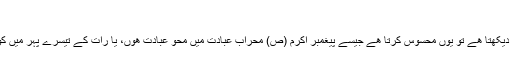
"
جب کوئی انسان حضرت زین العابدین علیہ السلام کو دیکھتا ھے تو یوں محسوس کرتا ھے جیسے پیغمبر اکرم (ص) محراب عبادت میں محو عبادت ھوں، یا رات کے تیسرے پہر میں کوہ حرا میں اپنے رب سے راز و نیاز کر رھے ھوں۔